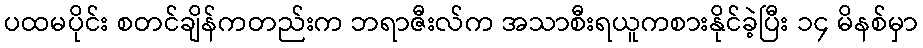
ပထမပိုင်း စတင်ချိန်ကတည်းက ဘရာဇီးလ်က အသာစီးရယူကစားနိုင်ခဲ့ပြီး ၁၄ မိနစ်မှာ